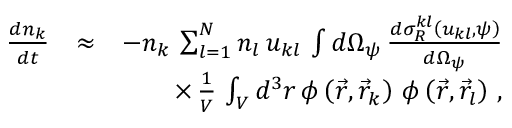
\begin{array} { r l r } { \frac { d n _ { k } } { d t } } & { \approx } & { - n _ { k } \, \sum _ { l = 1 } ^ { N } n _ { l } \, u _ { k l } \, \int d \Omega _ { \psi } \, \frac { d \sigma _ { R } ^ { k l } \left( u _ { k l } , \psi \right) } { d \Omega _ { \psi } } } \\ & { } & { \times \, \frac { 1 } { V } \, \int _ { V } d ^ { 3 } r \, \phi \left( \vec { r } , \vec { r } _ { k } \right) \, \phi \left( \vec { r } , \vec { r } _ { l } \right) \, , } \end{array}